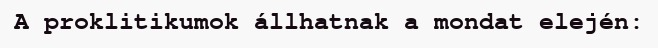
A proklitikumok állhatnak a mondat elején: